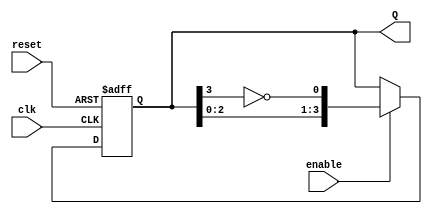
module JohnsonCounter #(
    parameter N = 4  // Parameter to define the width of the counter
)(
    input wire clk,            // Clock signal
    input wire reset,          // Asynchronous reset signal
    input wire enable,         // Clock enable signal
    output reg [N-1:0] Q       // Output of the counter
);

// Sequential logic for the Johnson counter
always @(posedge clk or posedge reset) begin
    if (reset) begin
        Q <= {N{1'b0}};  // Reset all flip-flops to 0
    end else if (enable) begin
        Q <= {Q[N-2:0], ~Q[N-1]};  // Shift and invert last bit for the first bit
    end
end

endmodule